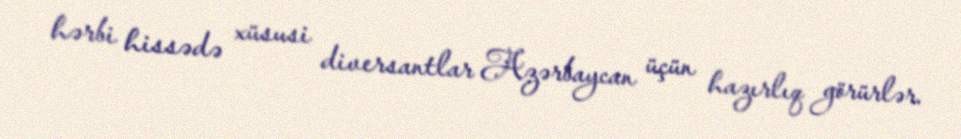
hərbi hissədə xüsusi diversantlar Azərbaycan üçün hazırlıq görürlər.